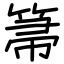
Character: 箒